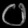
Digit: ၀